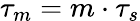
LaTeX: \tau_{m}=m\cdot\tau_{s}